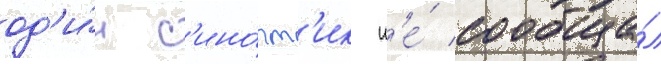
од'и́н с'ино́пт'ик н'е́ сообща́л